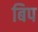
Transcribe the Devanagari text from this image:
बिप